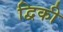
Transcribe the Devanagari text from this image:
द्विकी